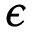
\epsilon